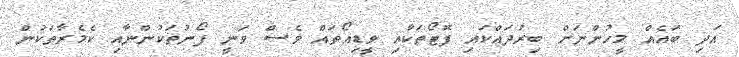
އަދި ބައެއް މީހުންނަށް ބިރުދައްކައި ފޮޓޯތަކާއި ވީޑިއޯތައް ވެސް ވަނީ ފޯނުތަކުންނާއި ކެމެރާތަކުން